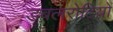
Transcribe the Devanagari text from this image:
डबलरोटियों